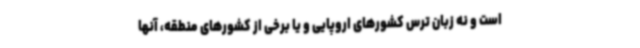
است و نه زبان ترس کشورهای اروپایی و یا برخی از کشورهای منطقه، آنها